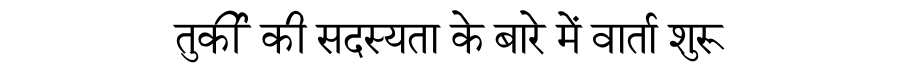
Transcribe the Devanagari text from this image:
तुर्की की सदस्यता के बारे में वार्ता शुरू